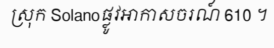
ស្រុក Solanoផ្លូវអាកាសចរណ៍ 610 ។